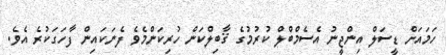
ހަމައަށް ޑީސަލް އިންޖީނު އެސެމްބްލް ކުރުމުގެ ޤާބިލްކަން ހުރިކަންމެވެ ފެނަކައިން ފާހަގަކުރެ އެވެ.